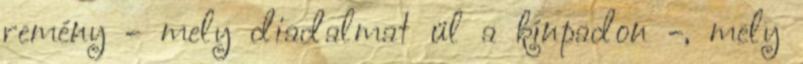
remény - mely diadalmat ül a kínpadon -, mely